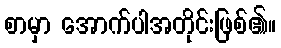
စာမှာ အောက်ပါအတိုင်းဖြစ်၏။